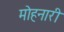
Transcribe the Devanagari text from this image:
मोहनारी